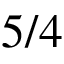
5 / 4